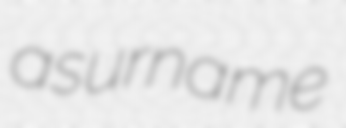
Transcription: a surname